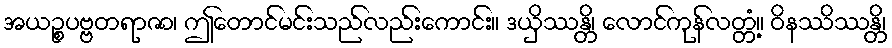
အယဉ္စပဗ္ဗတရာဇာ၊ ဤတောင်မင်းသည်လည်းကောင်း။ ဒယှိဿန္တိ၊ လောင်ကုန်လတ္တံ့။ ဝိနဿိဿန္တိ၊